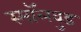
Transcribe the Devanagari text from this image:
स्मॉलवुड